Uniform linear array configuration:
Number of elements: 12
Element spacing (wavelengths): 0.25
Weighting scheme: blackman
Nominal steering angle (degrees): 45
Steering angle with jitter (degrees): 45.941
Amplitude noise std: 0.05
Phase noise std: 0.05

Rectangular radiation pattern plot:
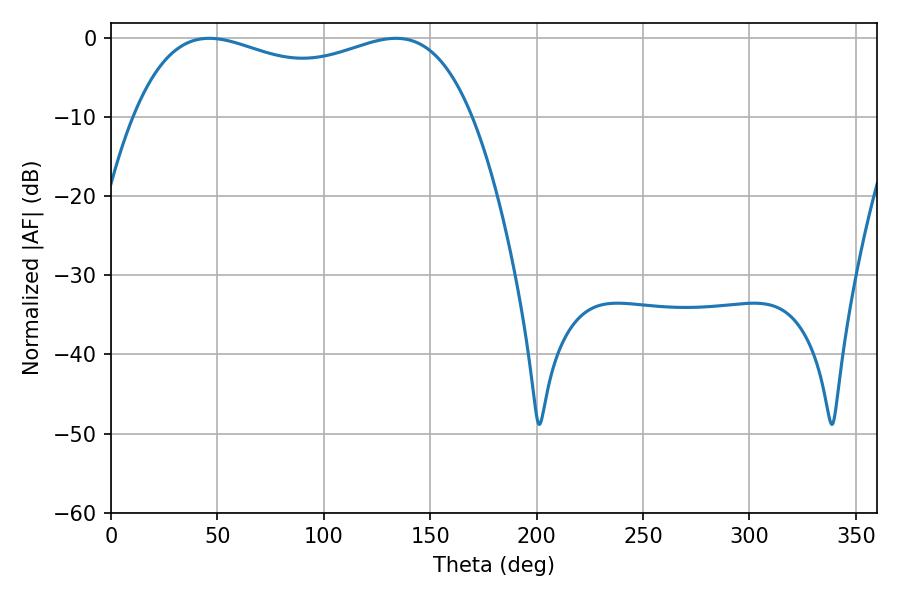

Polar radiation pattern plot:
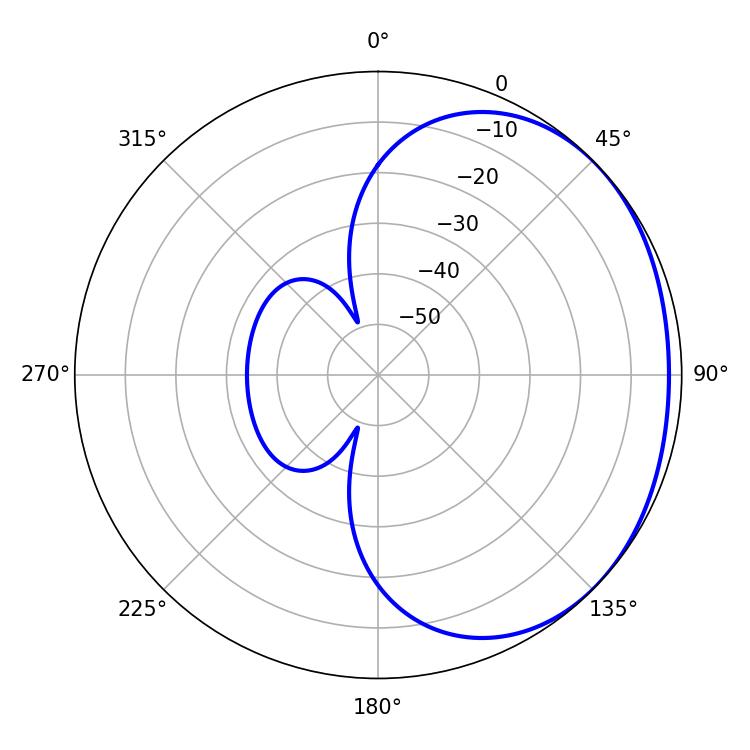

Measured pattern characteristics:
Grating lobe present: FALSE
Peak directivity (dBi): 1.438
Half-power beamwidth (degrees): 130.68
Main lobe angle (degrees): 46.08